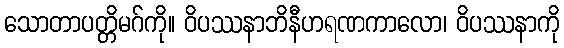
သောတာပတ္တိမဂ်ကို။ ဝိပဿနာဘိနီဟရဏကာလော၊ ဝိပဿနာကို